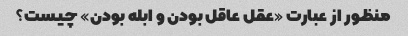
منظور از عبارت «عقل عاقل بودن و ابله بودن» چیست؟